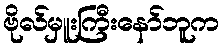
ဗိုလ်မှူးကြီးနော်ဘူက